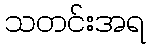
သတင်းအရ